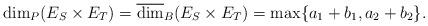
LaTeX: \begin{align*}\dim_P(E_S\times E_T)=\overline{\dim}_B(E_S\times E_T)=\max\{a_1+b_1, a_2+b_2\}.\end{align*}